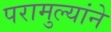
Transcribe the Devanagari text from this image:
परामुल्यांने